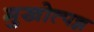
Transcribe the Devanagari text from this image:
मुखोत्पन्न